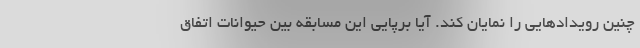
چنین رویدادهایی را نمایان کند. آیا برپایی این مسابقه بین حیوانات اتفاق